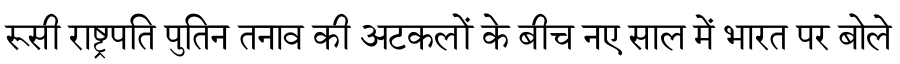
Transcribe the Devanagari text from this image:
रूसी राष्ट्रपति पुतिन तनाव की अटकलों के बीच नए साल में भारत पर बोले